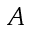
A